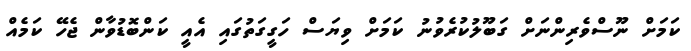
ކަމަށް ނޫސްވެރިންނަށް ގަބޫލުކުރެވުނު ކަމަށް ވިޔަސް ހަގީގަތުގައި އެއީ ކަންބޮޑުވާން ޖެހޭ ކަމެއް